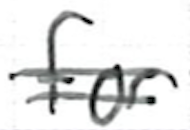
Text: for
Cross-out: double-line
Writing tool: ballpoint